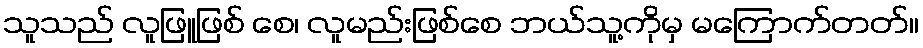
သူသည် လူဖြူဖြစ် စေ၊ လူမည်းဖြစ်စေ ဘယ်သူ့ကိုမှ မကြောက်တတ်။